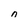
Character: n